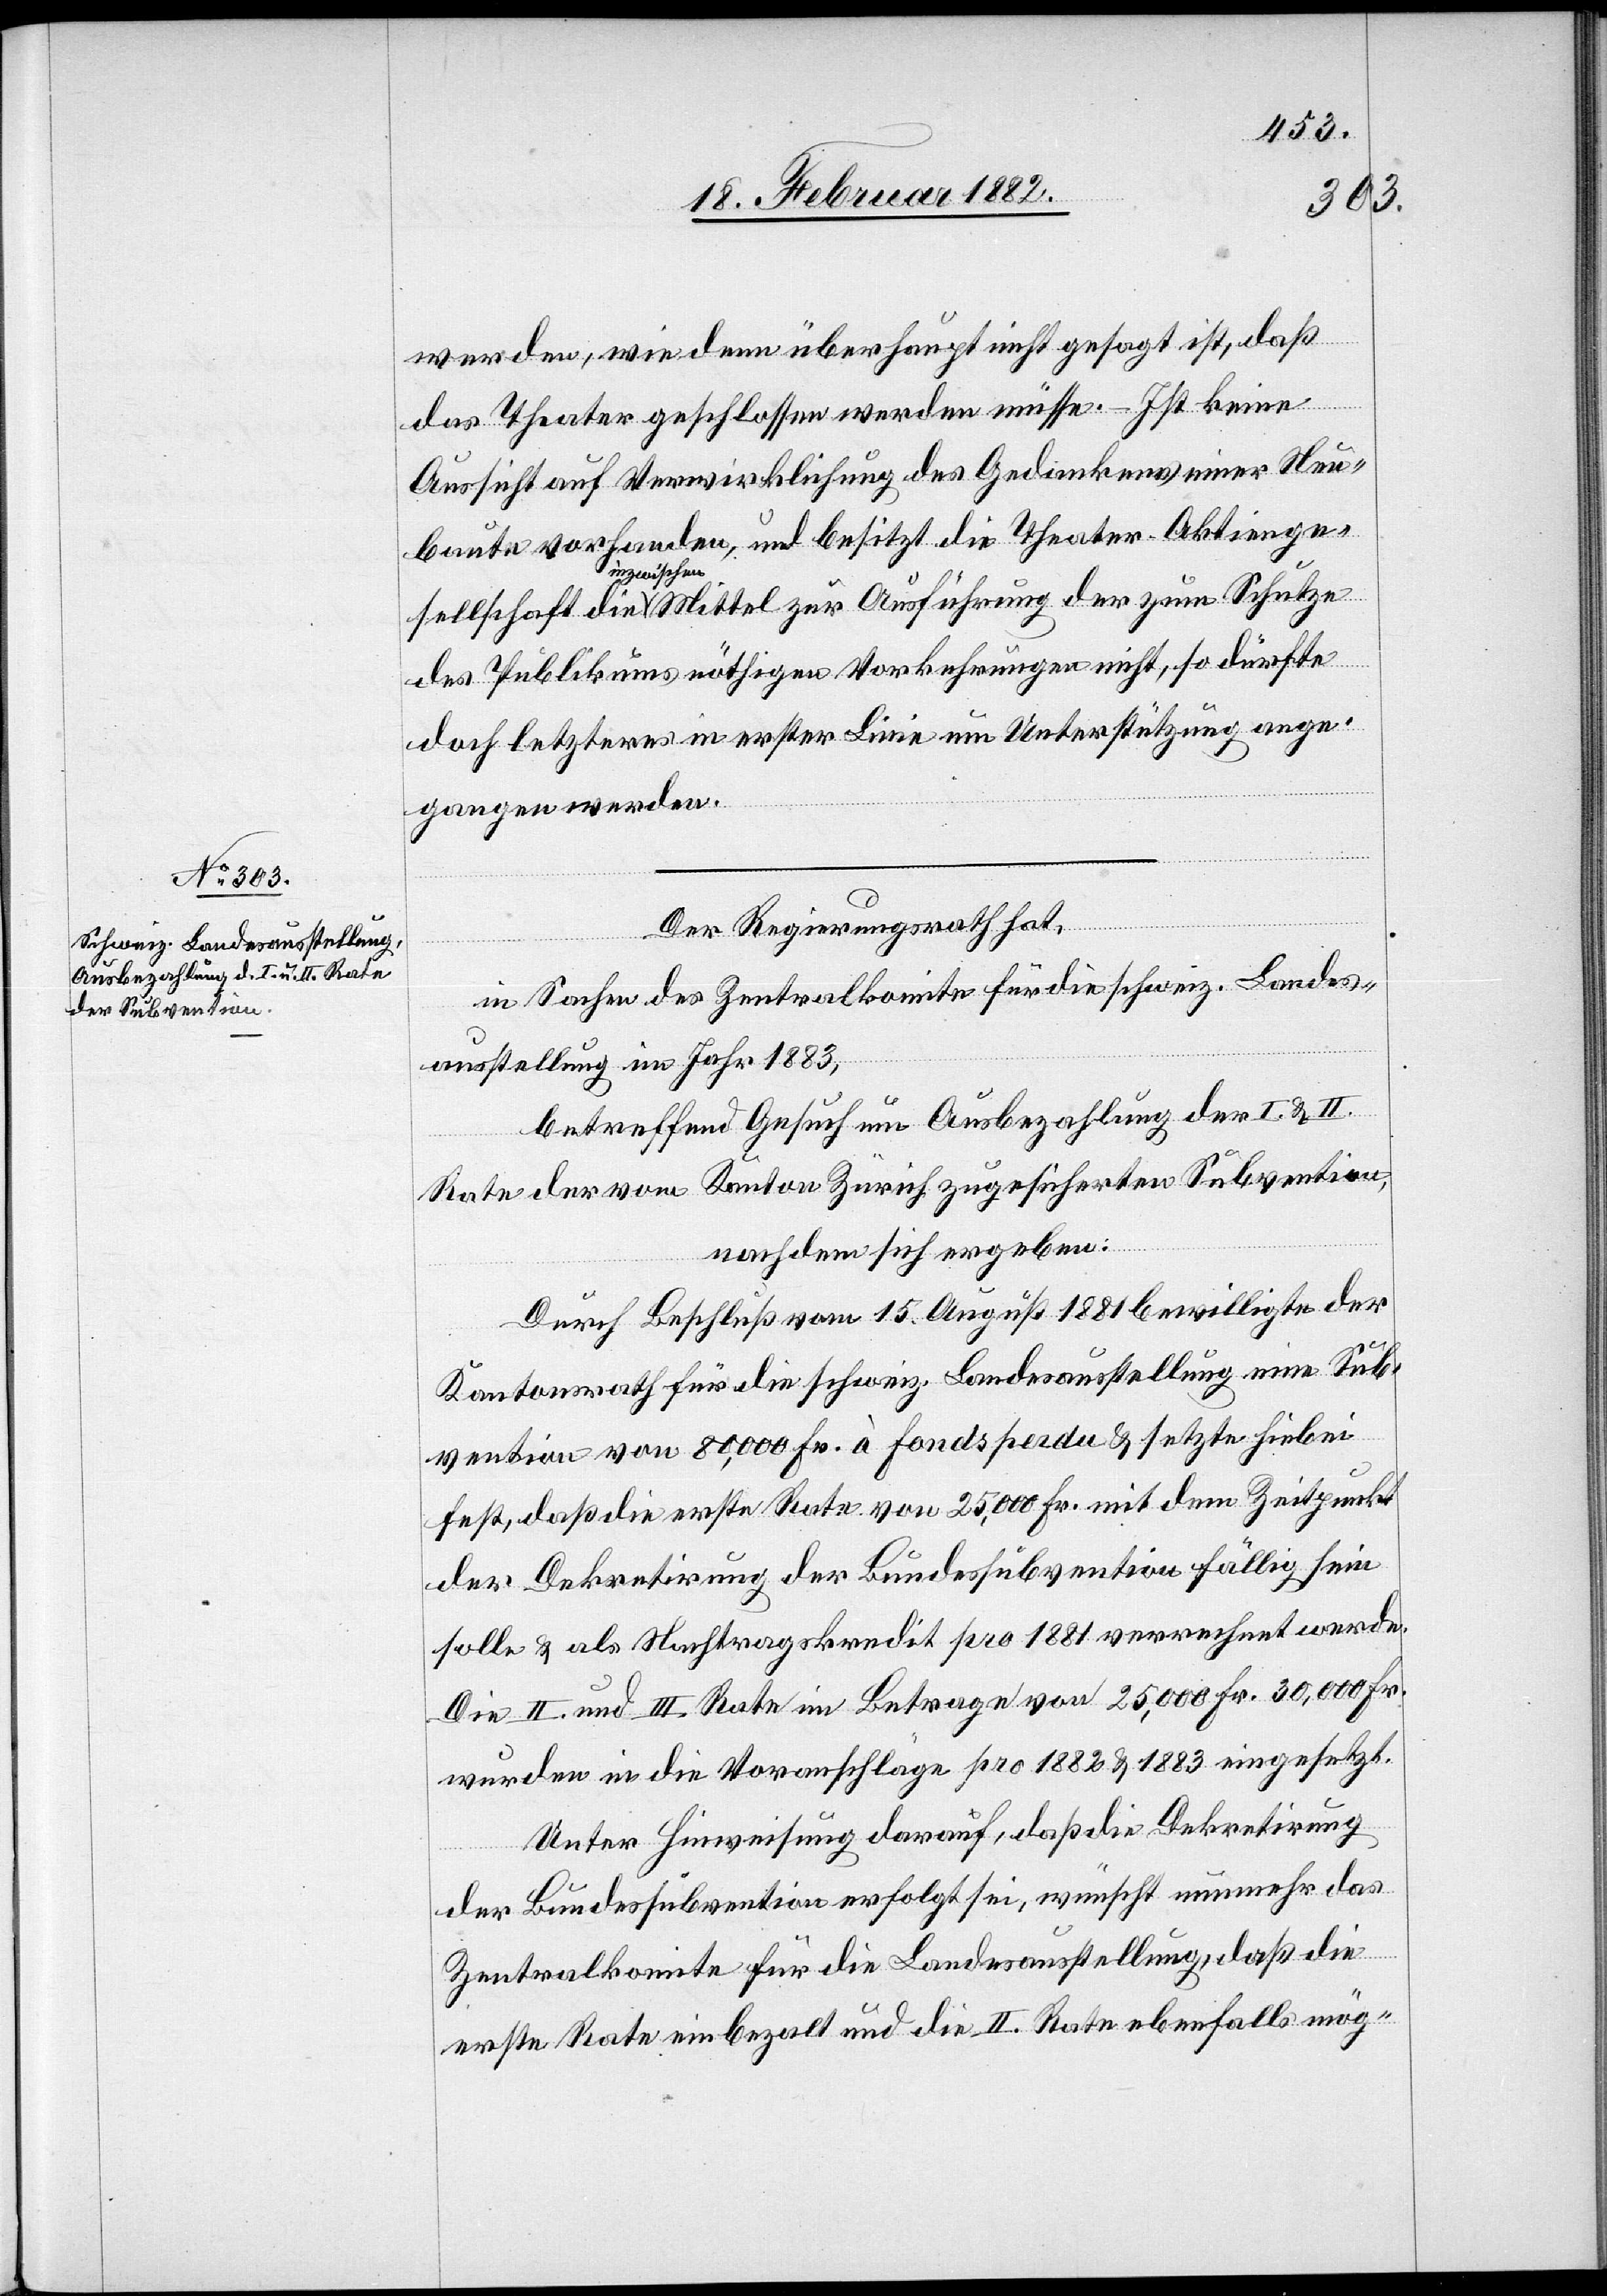
werden, wie denn überhaupt nicht gesagt ist, daß
das Theater geschlossen werden müsse. – Ist keine
Aussucht auf Verwirklichung des Gedankens einer Neu¬
baute vorhanden, und besitzt die Theater-Aktienge¬
inzwisc¬
hen
des Publikums nöthigen Vorkehrungen nicht, so dürfte
doch letzteres in erster Linie um Unterstützung ange¬
gangen werden.
Der Regierungsrath hat,
in Sachen des Zentralkomite für die schweiz. Landes¬
ausstellung im Jahr 1883,
betreffend Gesuch um Ausbezahlung der I. & II.
Rate der vom Kanton Zürich zugesicherten Subvention
zum
nachdem sich ergeben:
Durch Beschluß vom 15. August 1881 bewilligte der
Kantonsrath für die schweiz. Landesaustellung eine Sub¬
vention von 80,000 Fr. à fonds perdu & setzte hiebei
fest, daß die erste Rate von 25,000 Fr. mit dem Zeitpunkt
der Dekretirung der Bundessubvention fällig sein
solle & als Nachtragskredit pro 1881 verrechnet werde.
Die II. und III. Rate im Betrage von 25,000 Fr. 30,000 Fr.
wurden in die Voranschläge pro 1882 & 1883 eingesetzt.
Unter Hinweisung darauf, daß die Dekretirung
der Bundessubvention erfolgt sei, wünscht nunmehr das
Zentralkomite für die Landesausstellung, daß die
erste Rate einbezahlt und die II. Rate ebenfalls mög-